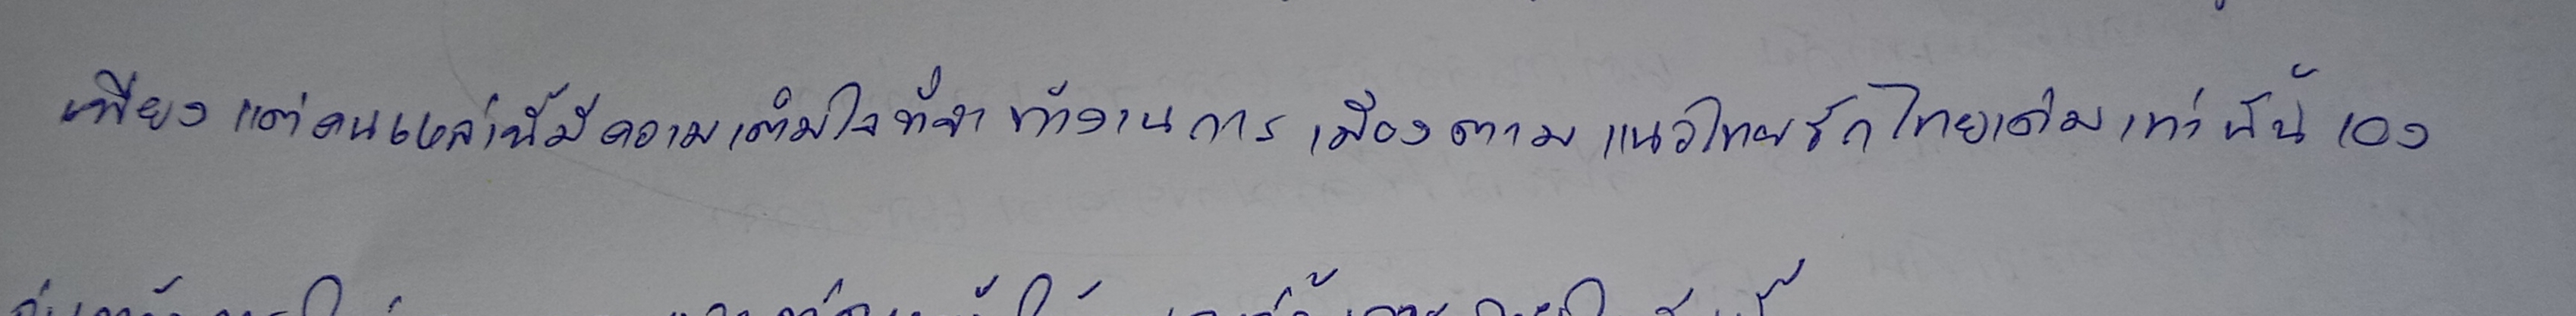
เพียงแต่คนเหล่านี้มีความเต็มใจที่จะทำงานการเมืองตามแนวไทยรักไทยเดิมเท่านั้นเอง"